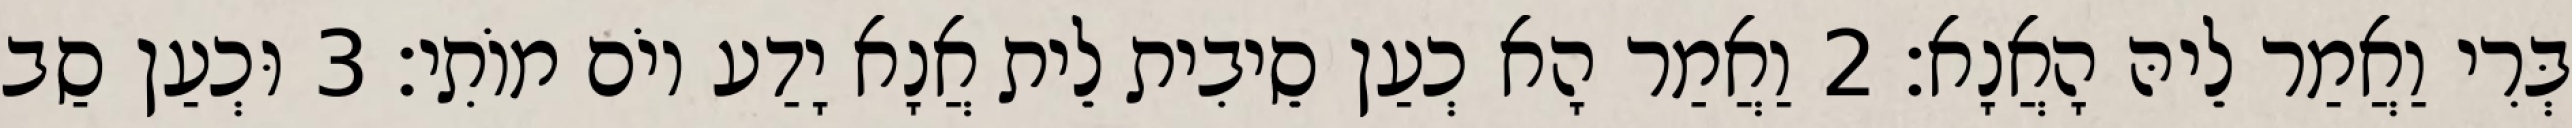
בְּרִי וַאֲמַר לֵיהּ הָאֲנָא׃ 2 וַאֲמַר הָא כְעַן סֵיבִית לֵית אֲנָא יָדַע יוֹם מוֹתִי׃ 3 וּכְעַן סַב